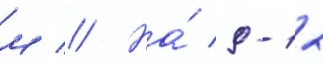
м // На́ 9-12